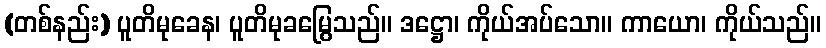
(တစ်နည်း) ပူတိမုခေန၊ ပူတိမုခမြွေသည်။ ဒဋ္ဌော၊ ကိုယ်အပ်သော။ ကာယော၊ ကိုယ်သည်။